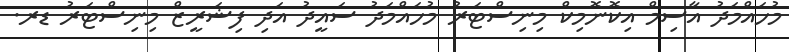
މުހައްމަދު އާސިމް އިކޮނޮމިކް މިނިސްޓަރު މުހައްމަދު ސައީދު އަދި ފިޝަރީޒް މިނިސްޓަރު ޑރ.